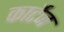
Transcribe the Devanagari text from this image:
कार्टेज